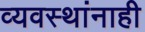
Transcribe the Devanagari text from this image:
व्यवस्थांनाही